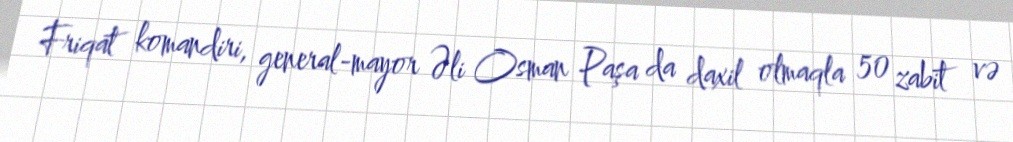
Friqat komandiri, general-mayor Əli Osman Paşa da daxil olmaqla 50 zabit və